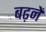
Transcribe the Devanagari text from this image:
बढ़नें